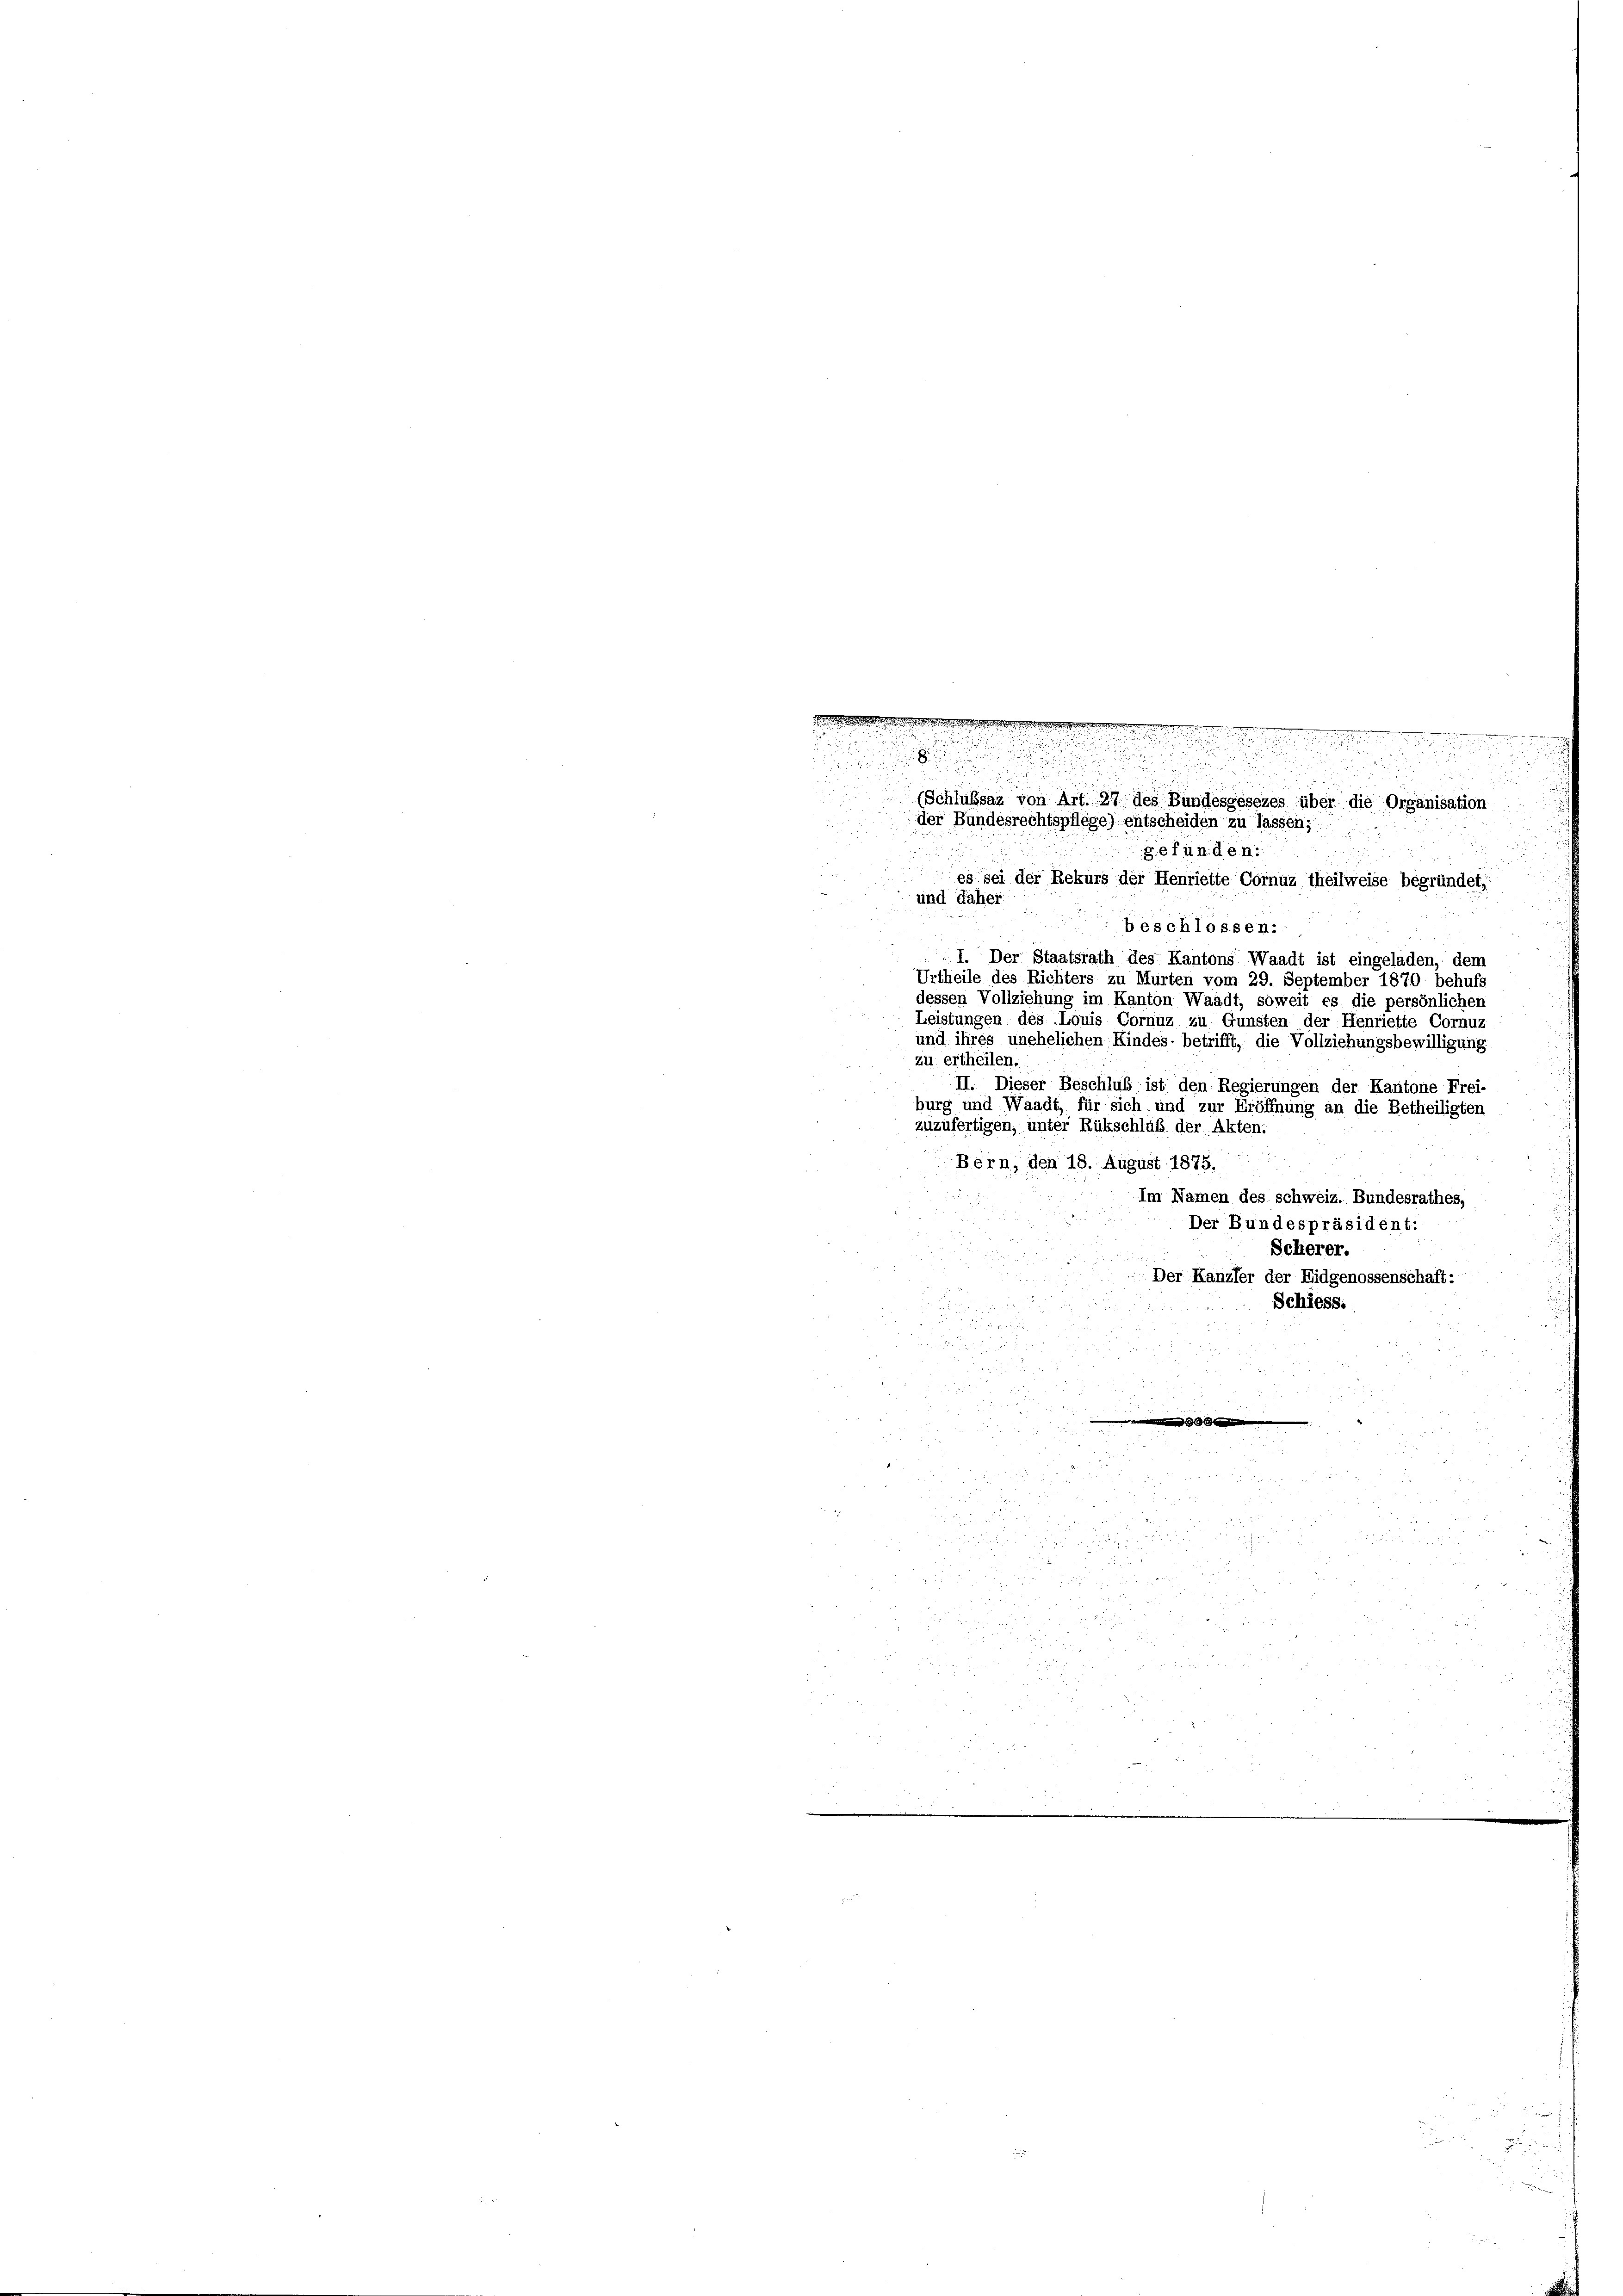
u

dten werden

u
.

u

der Bundesrechtspflege) entscheiden zu lassen;

gefunden:
a
es sei der Rekurs der Henriette Cornuz theilweise begründet,
und daher
.
beschlossen:
I. Der Staatsrath des Kantons Waadt ist eingeladen, dem
Urtheile des Richters zu Murten vom 29. September 1870 behufs
dessen Vollziehung im Kanton Waadt, soweit es die persönlichen
Leistungen des Louis Cornuz zu Gunsten der Henriette Cornuz
und ihres unehelichen Kindes, betrifft, die Vollziehungsbewilligung
zu ertheilen.
II. Dieser Beschluß ist den Regierungen der Kantone Frei-
burg und Waadt, für sich und zur Eröffnung an die Betheiligten
zuzufertigen, unter Rükschluß der Akten.
Bern, den 18. August 1875.
Im Namen des schweiz. Bundesrathes,
Der Bundespräsident:
Scherer.
Der Kanzler der Eidgenossenschaft:
Schiess.

       2
3

a zu

0
 x  x

  und ein
 x

55 1
85

 f 24 x

 8
2
in B

 xx

i

.

u

.
n
i

u
(Schlußsaz von Art. 27 des Bundesgesezes über die Organisation